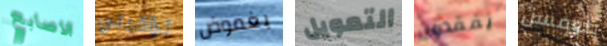
الاصابع تراقبني بغموض التمويل يفقدون طومسن